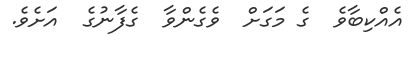
އެއްކިބާވެ  ގެ މަގަށް  ވެގެންވާ  ގެފާނުގެ  އަށެވެ.